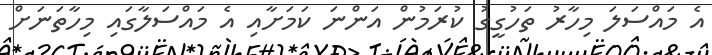
އެ މައްސަލަ މިހާރު ތަހުގީގު ކުރަމުން އަންނަ ކަމަށާއި އެ މައްސަލާގައި މިހާތަނަށް